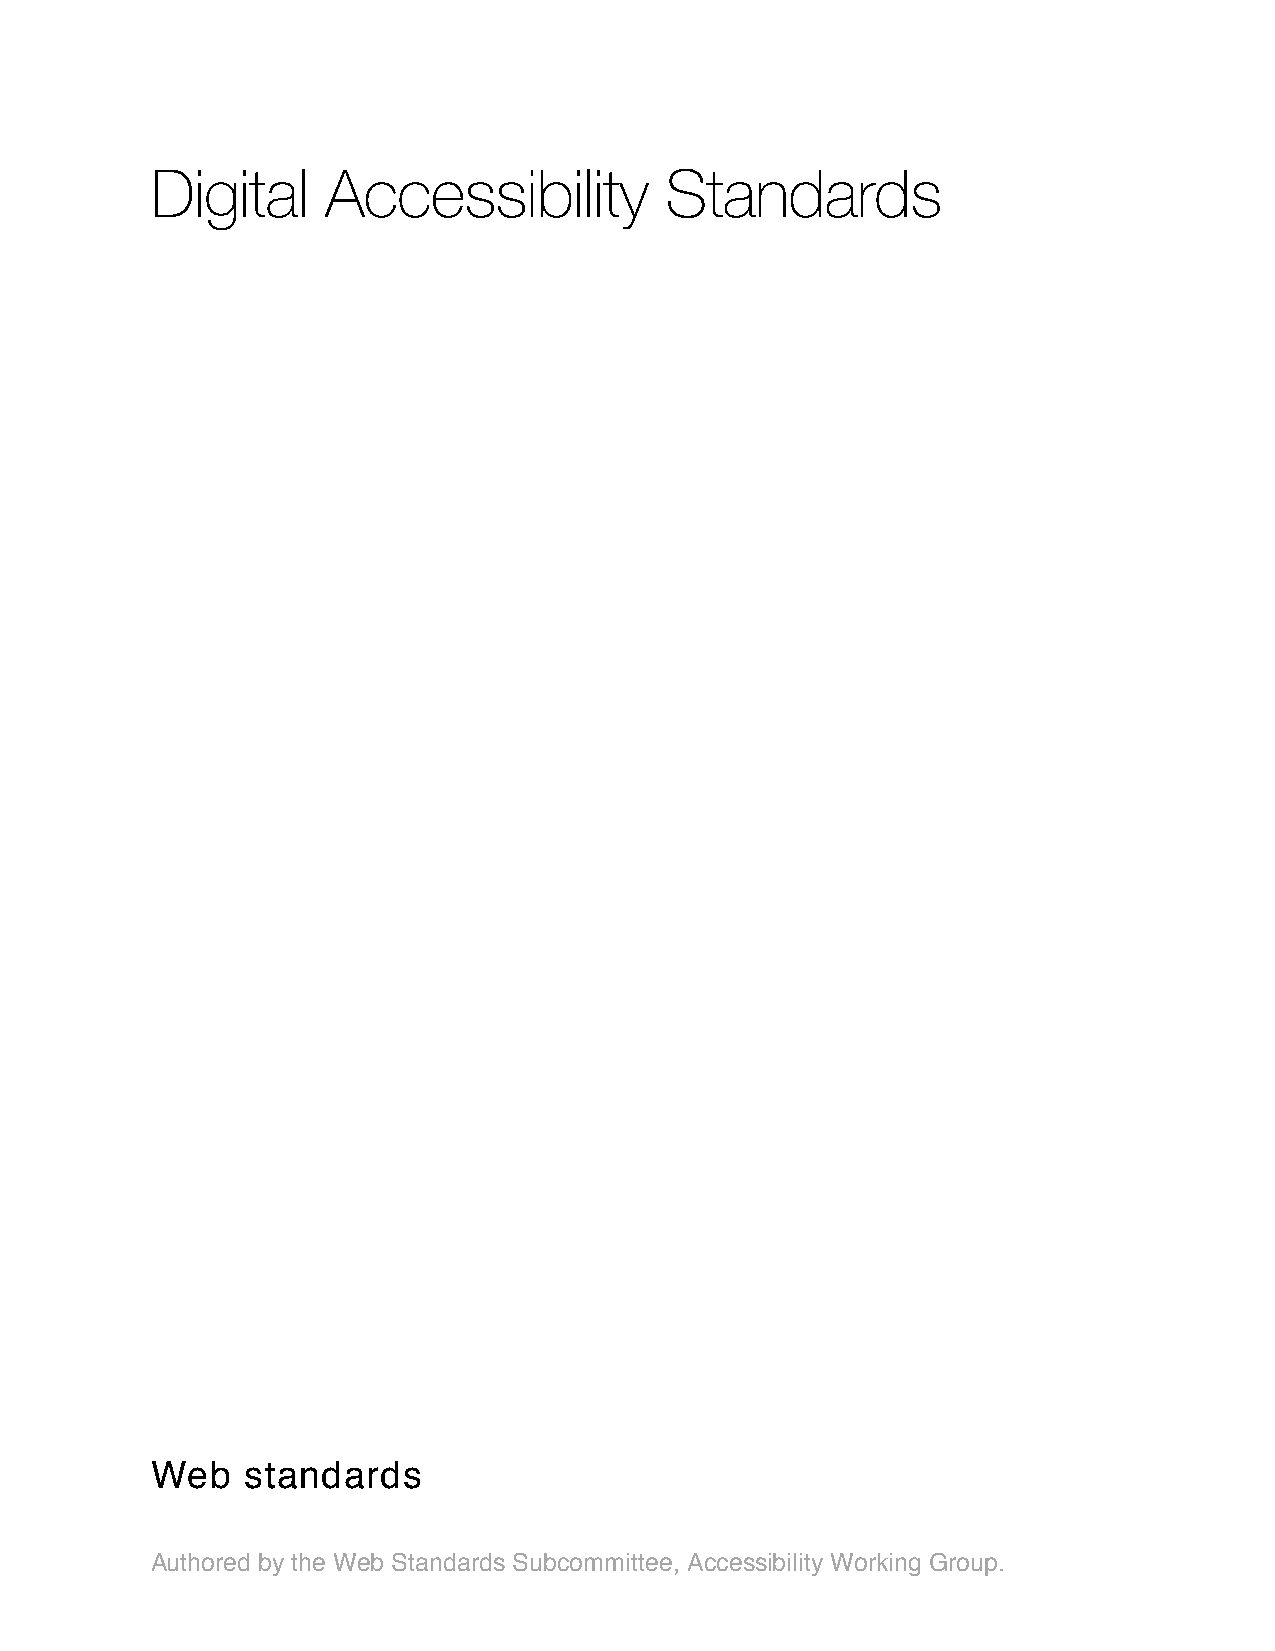
Digital     Accessibility         Standards
 Web   standards
 Authored by the Web Standards Subcommittee, Accessibility Working Group.